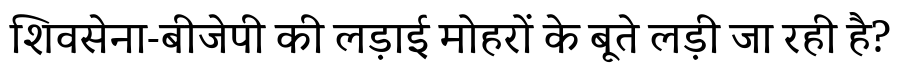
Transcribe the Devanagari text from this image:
शिवसेना-बीजेपी की लड़ाई मोहरों के बूते लड़ी जा रही है?